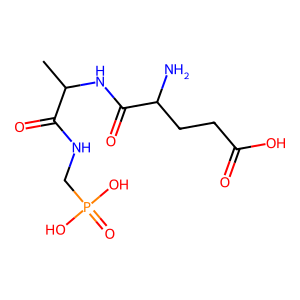
SMILES: CC(NC(=O)C(N)CCC(=O)O)C(=O)NCP(=O)(O)O
Inhibits HIV replication: No